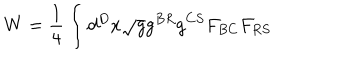
W = \frac { 1 } { 4 } \int d ^ { D } x \sqrt { g } g ^ { B R } g ^ { C S } F _ { B C } F _ { R S }